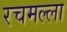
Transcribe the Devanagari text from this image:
रचमल्ला